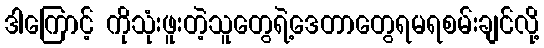
ဒါကြောင့် ကိုသုံးဖူးတဲ့သူတွေရဲ့ဒေတာတွေရမရစမ်းချင်လို့